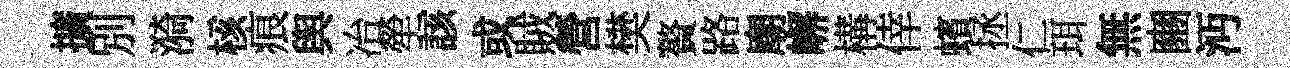
擴別漪核痕舆冶犖該或賊營樊贅路廟嶰構倖蠙拯仁珥無豳沔